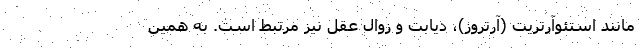
مانند استئوآرتریت (آرتروز)، دیابت و زوال عقل نیز مرتبط است. به همین